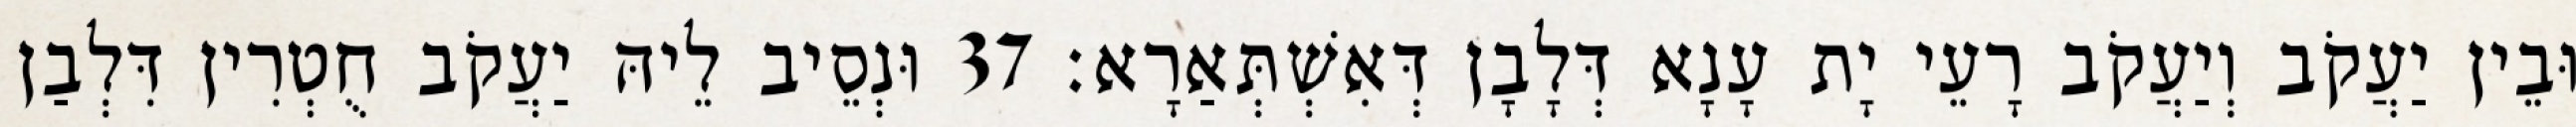
וּבֵין יַעֲקֹב וְיַעֲקֹב רָעֵי יָת עָנָא דְּלָבָן דְּאִשְׁתְּאַרָא׃ 37 וּנְסֵיב לֵיהּ יַעֲקֹב חֻטְרִין דִּלְבַן